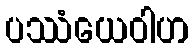
ပဿံယေဝါဟ